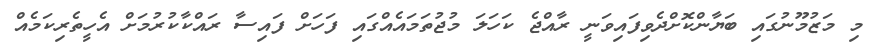
މި މަޒުމޫނުގައި ބަޔާންކޮށްދެވިފައިވަނީ ރާއްޖެ ކަހަލަ މުޖުތަމައެއްގައި ފަހަށް ފައިސާ ރައްކާކުރުމަށް އެހީތެރިކަމެއް